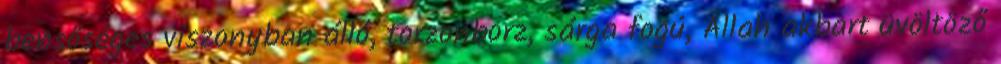
bensőséges viszonyban álló, torzonborz, sárga fogú, Allah akbart üvöltöző